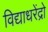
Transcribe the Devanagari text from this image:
विद्याधरेंद्रो